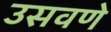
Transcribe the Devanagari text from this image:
उसवणे